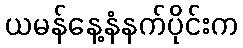
ယမန်နေ့နံနက်ပိုင်းက